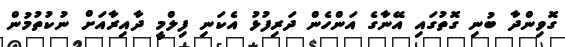
ގޮވިންދާ ބުނި ގޮތުގައި އޭނާގެ އަންހެން ދަރިފުޅު އެކަނި ފިލްމީ ދާއިރާއަށް ނުކުތުމުން